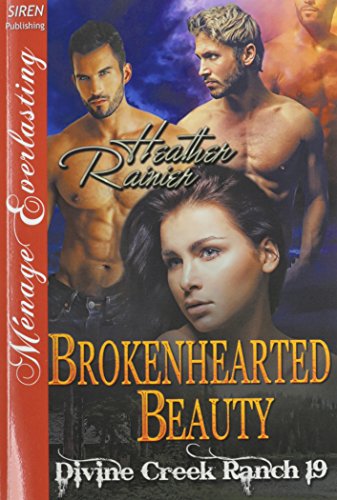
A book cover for Brokenhearted Beauty [Divine Creek Ranch 19] (Siren Publishing Menage Everlasting); Heather Rainier; Romance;